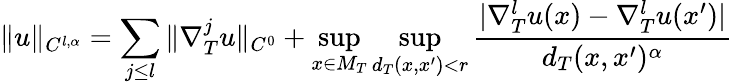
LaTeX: \| u\| _{C^{l,\alpha}}=\sum_{j\leq l}\| \nabla_{T}^{j}u\| _{C^{0}}+\operatorname*{sup}_{x\in M_{T}}\operatorname*{sup}_{d_{T}(x,x^{\prime})<r}\frac{|\nabla_{T}^{l}u(x)-\nabla_{T}^{l}u(x^{\prime})|}{d_{T}(x,x^{\prime})^{\alpha}}